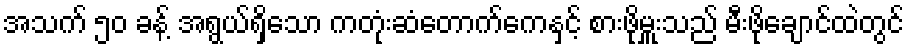
အသက် ၅၀ ခန့် အရွယ်ရှိသော ကတုံးဆံတောက်ကေနှင့် စားဖိုမှူးသည် မီးဖိုချောင်ထဲတွင်